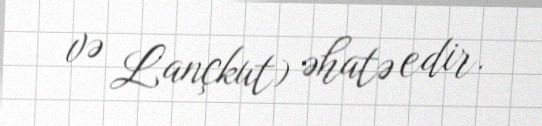
və Lançkut) əhatə edir.